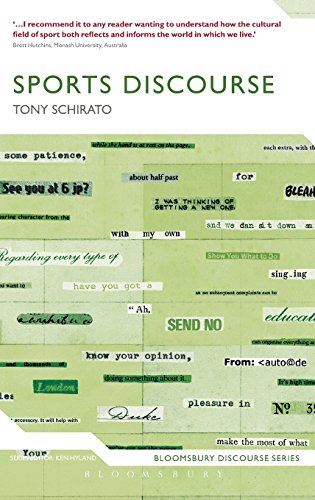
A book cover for Sports Discourse (Continuum Discourse); Tony Schirato; Reference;